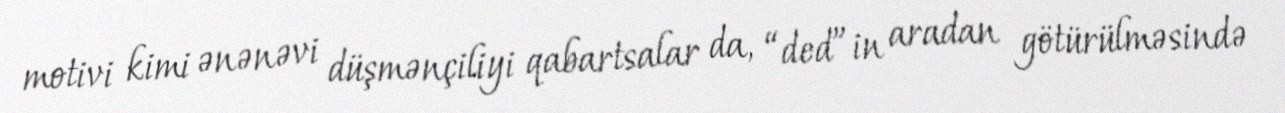
motivi kimi ənənəvi düşmənçiliyi qabartsalar da, “ded”in aradan götürülməsində